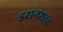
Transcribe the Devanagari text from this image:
इरानशाह